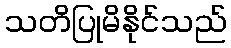
သတိပြုမိနိုင်သည်